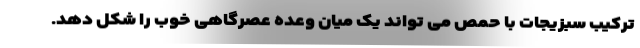
ترکیب سبزیجات با حمص می تواند یک میان وعده عصرگاهی خوب را شکل دهد.